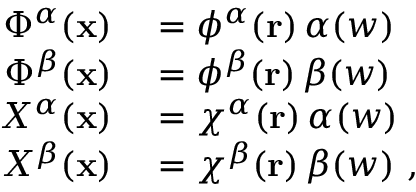
\begin{array} { r l } { \Phi ^ { \alpha } ( \mathbf { x } ) } & { { } = \phi ^ { \alpha } ( \mathbf { r } ) \, \alpha ( w ) } \\ { \Phi ^ { \beta } ( \mathbf { x } ) } & { { } = \phi ^ { \beta } ( \mathbf { r } ) \, \beta ( w ) } \\ { X ^ { \alpha } ( \mathbf { x } ) } & { { } = \chi ^ { \alpha } ( \mathbf { r } ) \, \alpha ( w ) } \\ { X ^ { \beta } ( \mathbf { x } ) } & { { } = \chi ^ { \beta } ( \mathbf { r } ) \, \beta ( w ) \mathrm { ~ , ~ } } \end{array}